Civil Veterinary Dept. Assam report 1927-50 - 1927-1950
Year: 1927
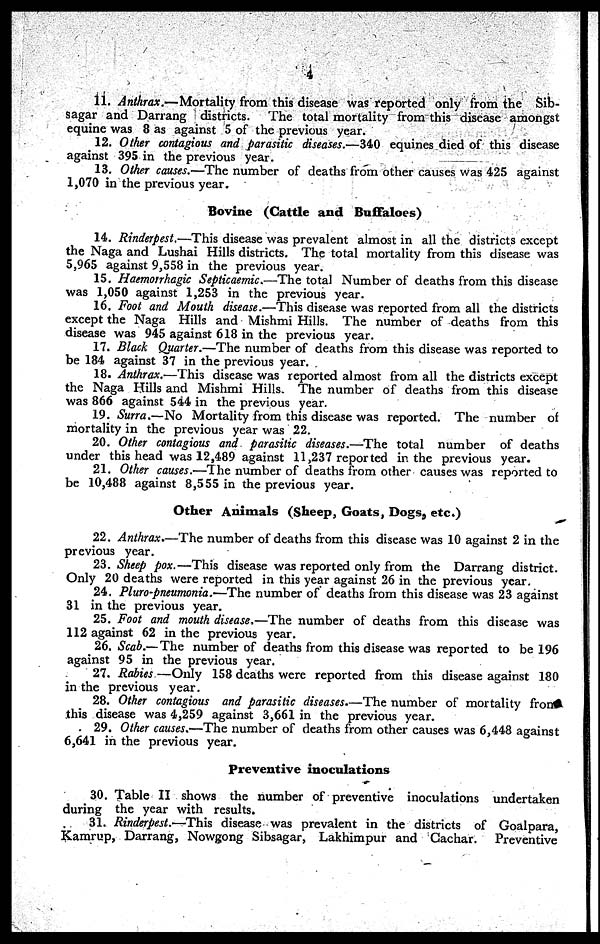
4
11. Anthrax.—Mortality from this disease was reported only from the Sib-
sagar and Darrang districts. The total mortality from this disease amongst
equine was 8 as against 5 of the previous year.
12. Other contagious and parasitic diseases.—340 equines died of this disease
against 395 in the previous year.
13. Other causes.—The number of deaths from other causes was 425 against
1,070 in the previous year.
Bovine (Cattle and Buffaloes)
14. Rinderpest.—This disease was prevalent almost in all the districts except
the Naga and Lushai Hills districts. The total mortality from this disease was
5,965 against 9,558 in the previous year.
15. Hæmorrhagic Septicaemia—The total Number of deaths from this disease
was 1,050 against 1,253 in the previous year.
16. Foot and Mouth disease.—This disease was reported from all the districts
except the Naga Hills and Mishmi Hills. The number of deaths from this
disease was 945 against 618 in the previous year.
17. Black Quarter.—The number of deaths from this disease was reported to
be 184 against 37 in the previous year.
18. Anthrax.—This disease was reported almost from all the districts except
the Naga Hills and Mishmi Hills. The number of deaths from this disease
was 866 against 544 in the previous year.
19. Surra.—No Mortality from this disease was reported. The number of
mortality in the previous year was 22.
20. Other contagious and parasitic diseases.—The total number of deaths
under this head was 12,489 against 11,237 reported in the previous year.
21. Other causes.—The number of deaths from other causes was reported to
be 10,488 against 8,555 in the previous year.
Other Animals (Sheep, Goats, Dogs, etc.)
22. Anthrax.—The number of deaths from this disease was 10 against 2 in the
previous year.
23. Sheep pox.—This disease was reported only from the Darrang district.
Only 20 deaths were reported in this year against 26 in the previous year.
24. Pluro-pneumonia.—The number of deaths from this disease was 23 against
31 in the previous year.
25. Foot and mouth disease,—The number of deaths from this disease was
112 against 62 in the previous year.
26. Scab.— The number of deaths from this disease was reported to be 196
against 95 in the previous year.
27. Rabies —Only 158 deaths were reported from this disease against 180
in the previous year.
28. Other contagious and parasitic diseases.—The number of mortality fron
this disease was 4,259 against 3,661 in the previous year.
29. Other causes.—The number of deaths from other causes was 6,448 against
6,641 in the previous year.
Preventive inoculations
30. Table II shows the number of preventive inoculations undertaken
during the year with results.
31. Rinderpest.-—This disease was prevalent in the districts of Goalpara,
Kamrup, Darrang, Nowgong Sibsagar, Lakhimpur and Gachar.
Preventive